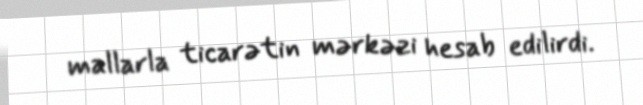
mallarla ticarətin mərkəzi hesab edilirdi.